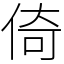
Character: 倚